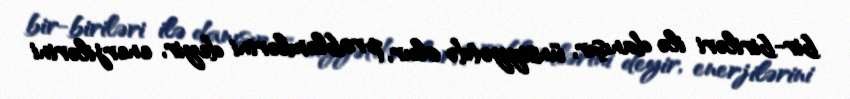
bir-biriləri ilə danışır, ünsiyyətdə olur, problemlərini deyir, enerjilərini